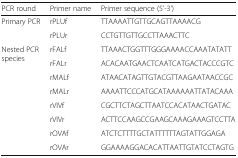
<table><thead><tr><td><b>PCR round</b></td><td><b>Primer name</b></td><td><b>Primer sequence (5&#x27;-3&#x27;)</b></td></tr></thead><tbody><tr><td rowspan="2">Primary PCR</td><td>rPLUf</td><td>TTAAAATTGTTGCAGTTAAAACG</td></tr><tr><td>rPLUr</td><td>CCTGTTGTTGCCTTAAACTTC</td></tr><tr><td rowspan="8">Nested PCR species</td><td>rFALf</td><td>TTAAACTGGTTTGGGAAAACCAAATATATT</td></tr><tr><td>rFALr</td><td>ACACAATGAACTCAATCATGACTACCCGTC</td></tr><tr><td>rMALf</td><td>ATAACATAGTTGTACGTTAAGAATAACCGC</td></tr><tr><td>rMALr</td><td>AAAATTCCCATGCATAAAAAATTATACAAA</td></tr><tr><td>rVIVf</td><td>CGCTTCTAGCTTAATCCACATAACTGATAC</td></tr><tr><td>rVIVr</td><td>ACTTCCAAGCCGAAGCAAAGAAAGTCCTTA</td></tr><tr><td>rOVAf</td><td>ATCTCTTTTGCTATTTTTTAGTATTGGAGA</td></tr><tr><td>rOVAr</td><td>GGAAAAGGACACATTAATTGTATCCTAGTG</td></tr></tbody></table>